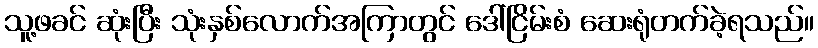
သူ့ဖခင် ဆုံးပြီး သုံးနှစ်လောက်အကြာတွင် ဒေါ်ငြိမ်းစံ ဆေးရုံတက်ခဲ့ရသည်။